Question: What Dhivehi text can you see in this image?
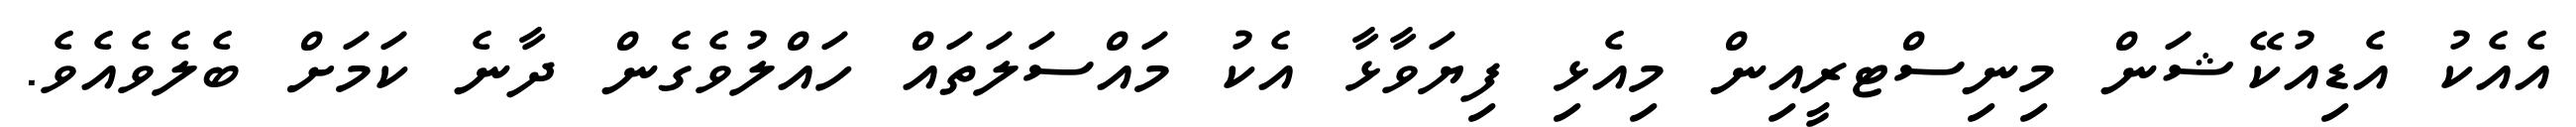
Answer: އެއެކު އެޑިއުކޭޝަން މިނިސްޓރީއިން މިއެޅި ފިޔަވާޅާ އެކު މައްސަލަތައް ހައްލުވެގެން ދާނެ ކަމަށް ބެލެވެއެވެ.